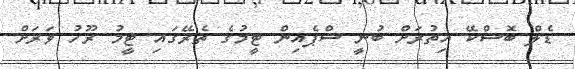
ޑެލް ބޮސްކޭ އިތުރަށް ބުނީ ސްޕެއިން ޓީމުގެ ތެރޭގައި ޓީމު ރޫހު ވަރަށް